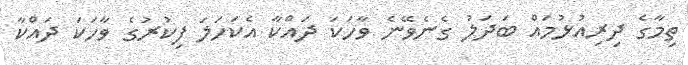
ތިމާގެ ދިރިއުޅުމައް ބަދަލު ގެނެވޭނެ ވާހަކަ ދައްކާ އެކަހަލަ ފިކުރުގެ ވާހަކަ ދައްކާ